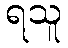
ရသူ